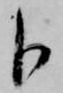
卜